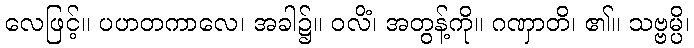
လေဖြင့်။ ပဟတကာလေ၊ အခါ၌။ ဝလိံ၊ အတွန့်ကို။ ဂဏှာတိ၊ ၏။ သဗ္ဗမ္ပိ၊